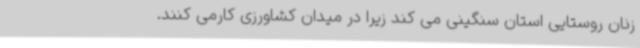
زنان روستایی استان سنگینی می کند زیرا در میدان کشاورزی کارمی کنند.